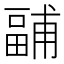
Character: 𭻧